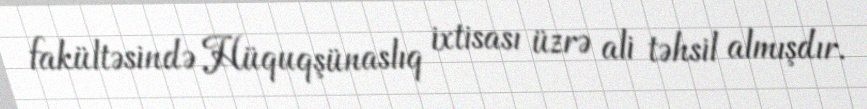
fakültəsində Hüquqşünaslıq ixtisası üzrə ali təhsil almışdır.